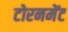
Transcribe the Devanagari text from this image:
टोरनमेंट